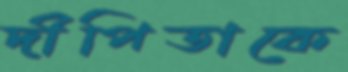
দীপিতাকে